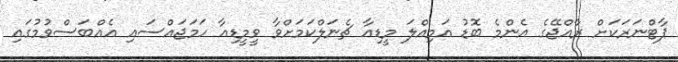
ޕާޓްނަރަކަށް ރާއްޖޭގެ އެންމެ ބޮޑު އަމިއްލަ މީޑިއާ ޗެނަލްކަމަށްވާ ވީމީޑިއާ ހަމަޖައްސައި އެއްބަސްވުމުގައި